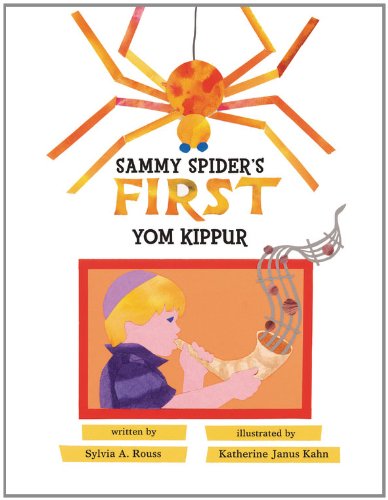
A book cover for Sammy Spider's First Yom Kippur; Sylvia A. Rouss; Children's Books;